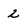
Character: 2